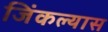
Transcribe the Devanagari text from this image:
जिंकल्यास